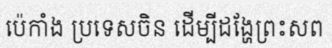
ប៉េកាំង ប្រទេសចិន ដើម្បីដង្ហែព្រះសព